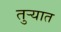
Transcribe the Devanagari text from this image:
तुर्‍यात